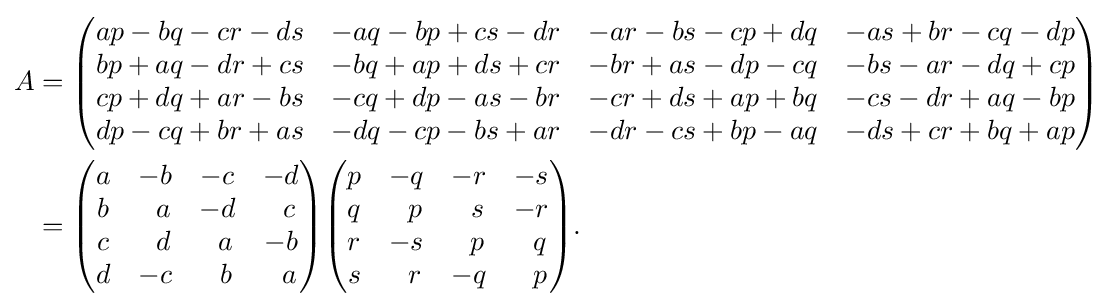
{\begin{aligned}A&={\begin{pmatrix}ap-bq-cr-ds&-aq-bp+cs-dr&-ar-bs-cp+dq&-as+br-cq-dp\\bp+aq-dr+cs&-bq+ap+ds+cr&-br+as-dp-cq&-bs-ar-dq+cp\\cp+dq+ar-bs&-cq+dp-as-br&-cr+ds+ap+bq&-cs-dr+aq-bp\\dp-cq+br+as&-dq-cp-bs+ar&-dr-cs+bp-aq&-ds+cr+bq+ap\end{pmatrix}}\\&={\begin{pmatrix}a&-b&-c&-d\\b&\;\,\,a&-d&\;\,\,c\\c&\;\,\,d&\;\,\,a&-b\\d&-c&\;\,\,b&\;\,\,a\end{pmatrix}}{\begin{pmatrix}p&-q&-r&-s\\q&\;\,\,p&\;\,\,s&-r\\r&-s&\;\,\,p&\;\,\,q\\s&\;\,\,r&-q&\;\,\,p\end{pmatrix}}.\end{aligned}}